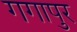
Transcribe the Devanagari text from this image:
गगापुर